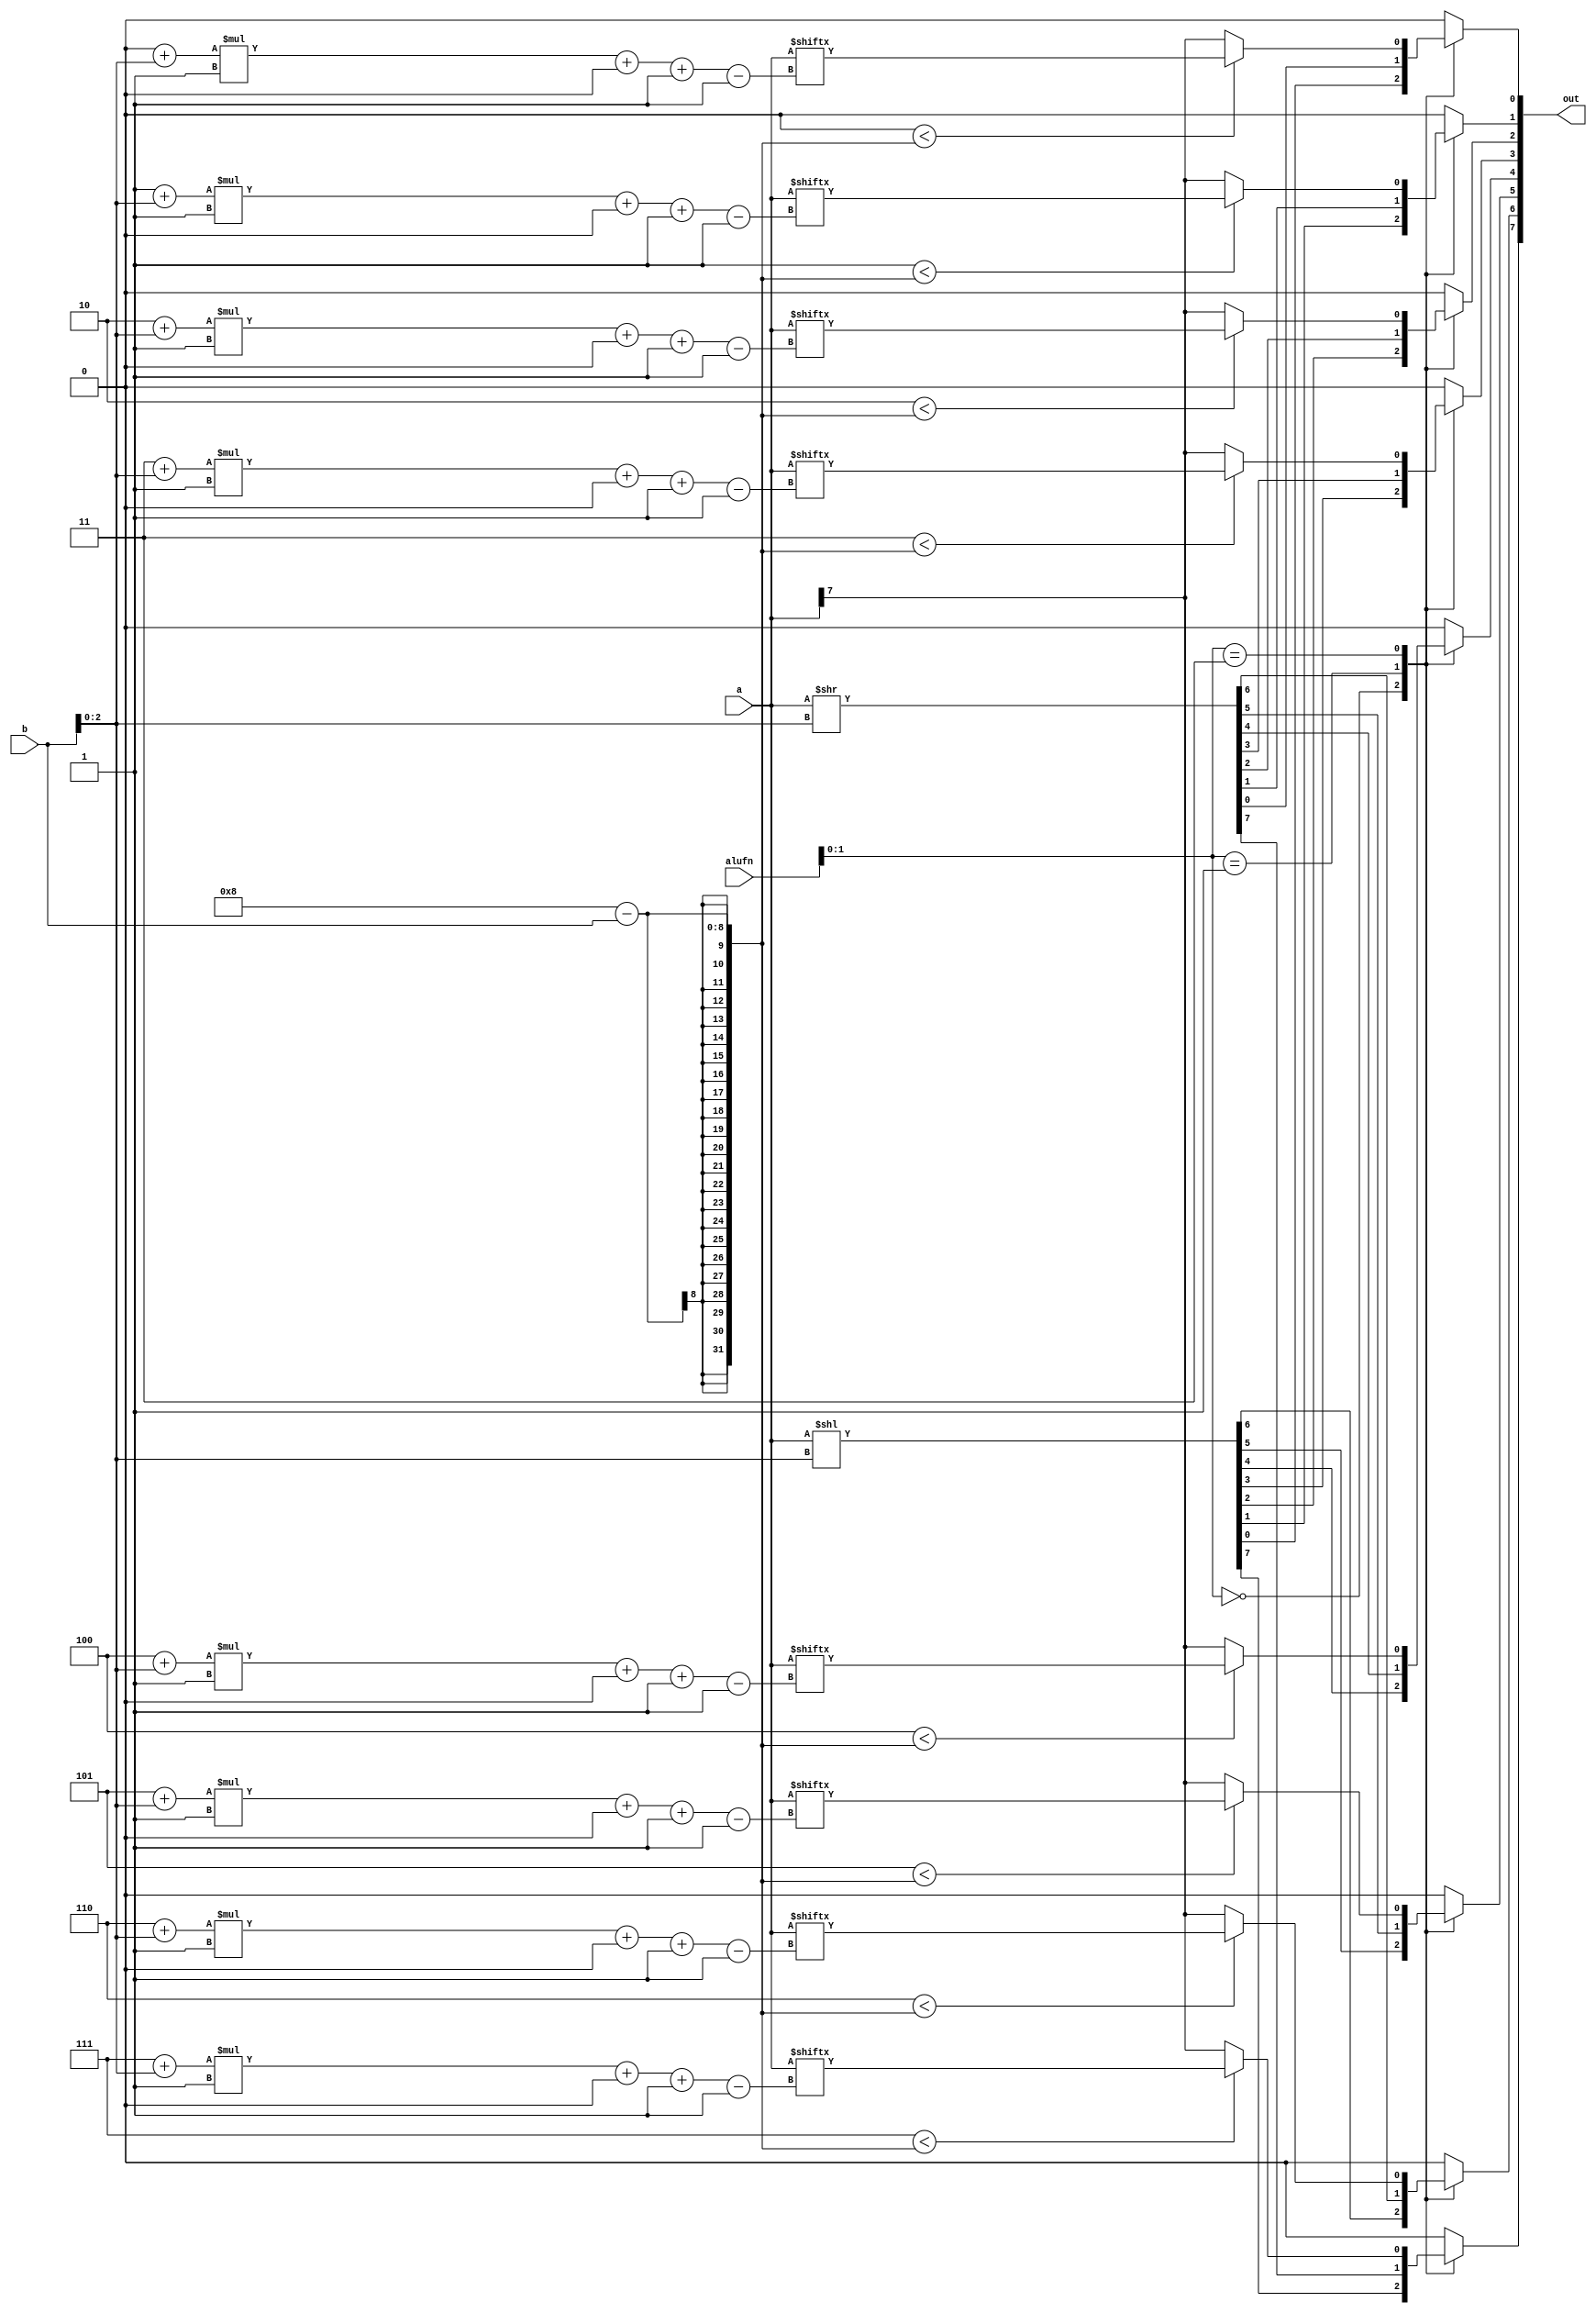
/*
   This file was generated automatically by the Mojo IDE version B1.3.6.
   Do not edit this file directly. Instead edit the original Lucid source.
   This is a temporary file and any changes made to it will be destroyed.
*/

module shift_7 (
    input [7:0] a,
    input [7:0] b,
    input [5:0] alufn,
    output reg [7:0] out
  );
  
  
  
  integer i;
  
  always @* begin
    
    case (alufn[0+1-:2])
      2'h0: begin
        out = a << b[0+2-:3];
      end
      2'h1: begin
        out = a >> b[0+2-:3];
      end
      2'h3: begin
        for (i = 1'h0; i < 4'h8; i = i + 1) begin
          if (i < 4'h8 - b) begin
            out[(i)*1+0-:1] = a[(i + b[0+2-:3])*1+0-:1];
          end else begin
            out[(i)*1+0-:1] = a[7+0-:1];
          end
        end
      end
      default: begin
        out = 8'h00;
      end
    endcase
  end
endmodule